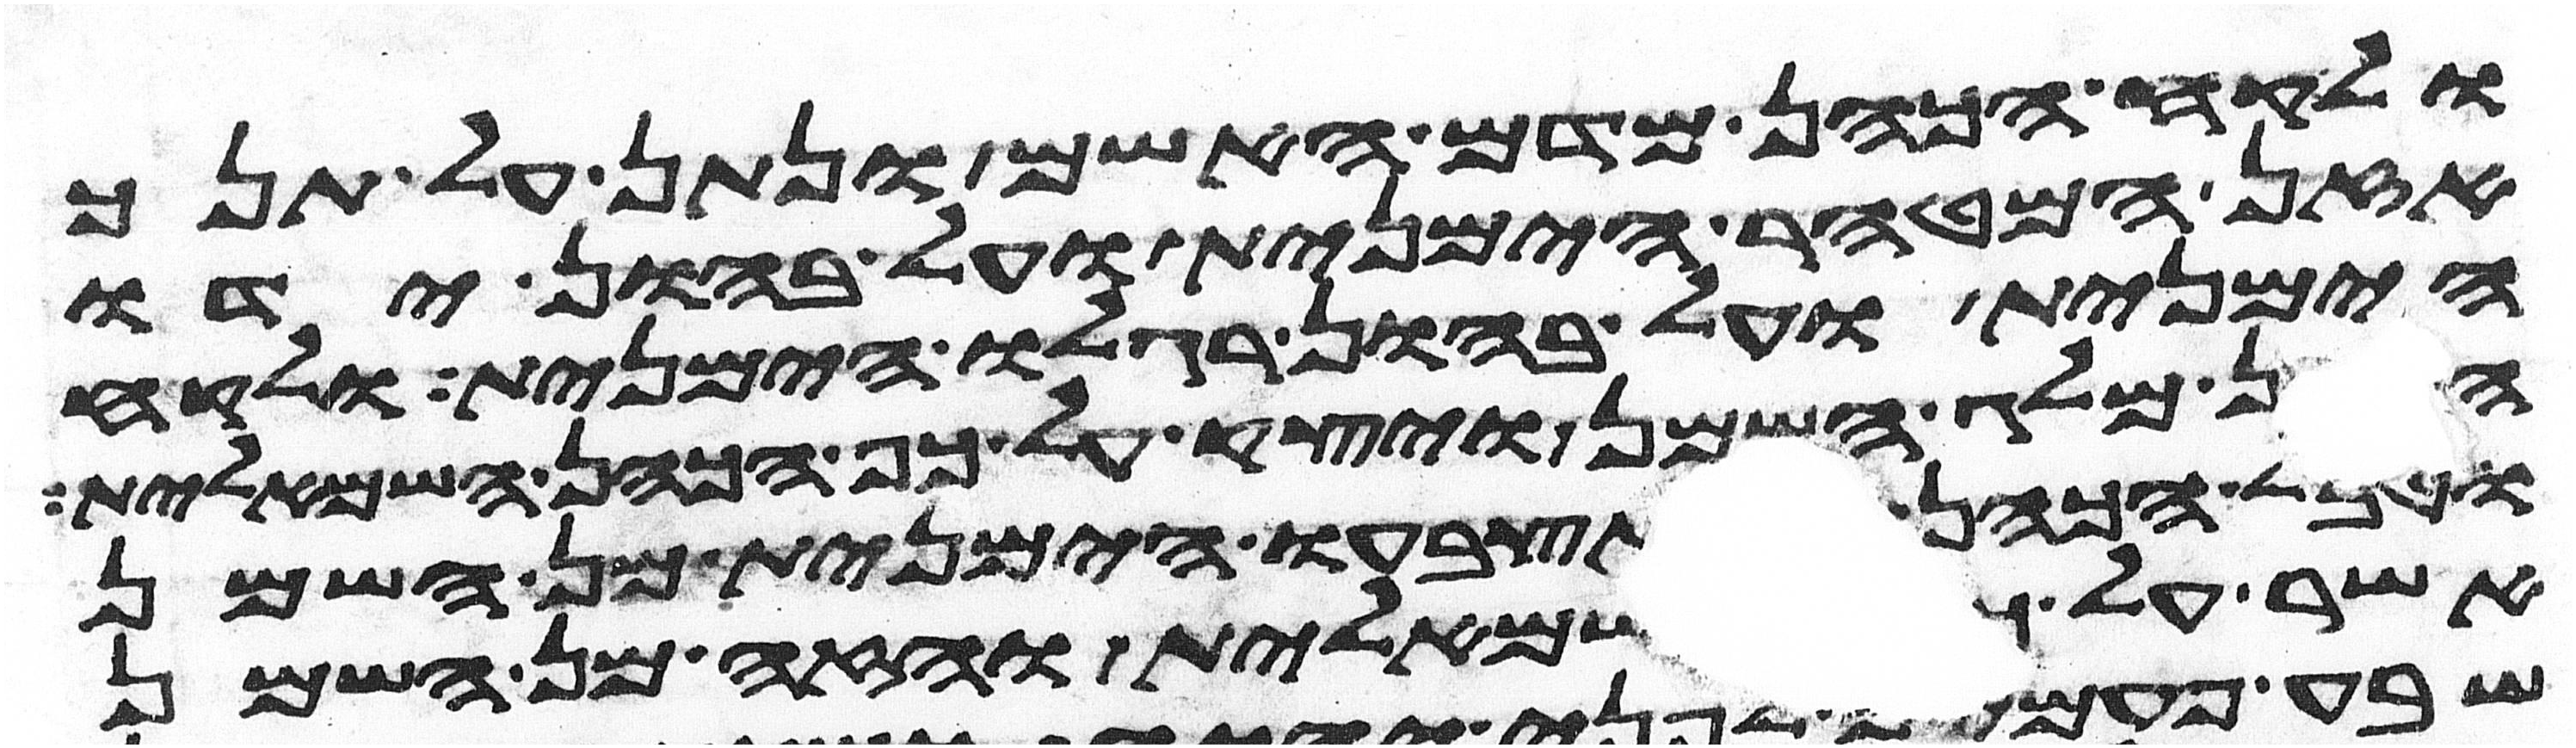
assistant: ולקח הכהן מדם האשם ונתן על תנך
אזן המטהר הימנית ועל בהון ידו
הימנית ועל בהון רגלו הימנית ולקח
הכהן מלג השמן ויצק על כף הכהן השמאלית
וטבל הכהן את אצבעו הימנית מן השמן
אשר על כפו השמאלית והזה מן השמן